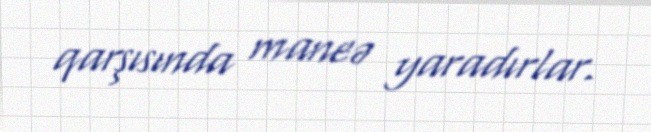
qarşısında maneə yaradırlar.